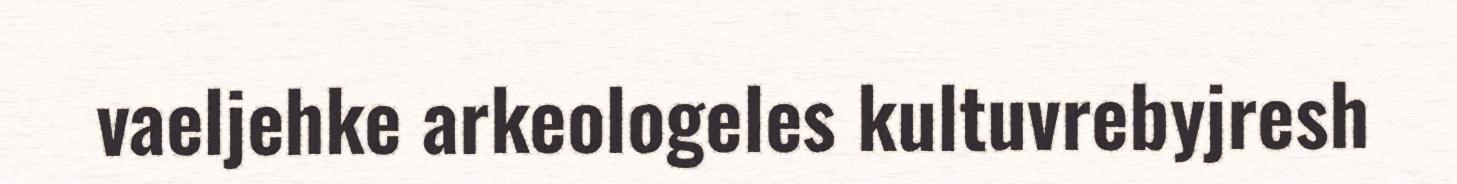
vaeljehke arkeologeles kultuvrebyjresh